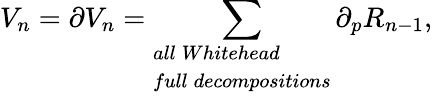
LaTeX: V_{n}=\partial V_{n}=\sum_{\begin{array}{ll}{{all\: Whitehead}}\\ {{full\: decompositions}}\end{array}}\partial_{p}R_{n-1},